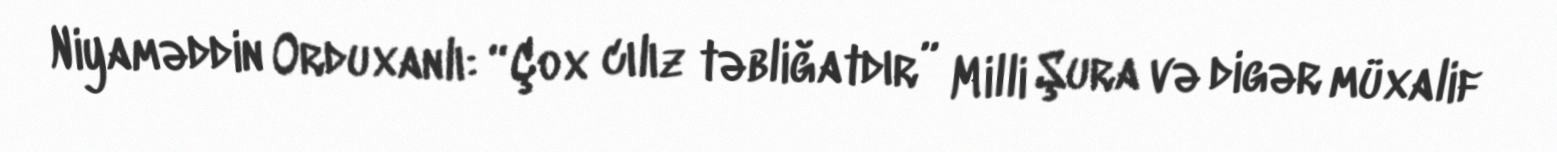
Niyaməddin Orduxanlı: “Çox cılız təbliğatdır” Milli Şura və digər müxalif